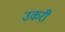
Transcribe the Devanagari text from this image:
उकरी